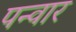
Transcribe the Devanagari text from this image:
पन्वार